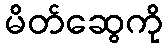
မိတ်ဆွေကို